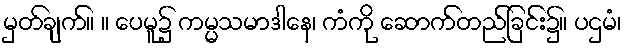
မှတ်ချက်။ ။ ပေမူ၌ ကမ္မသမာဒါနေ၊ ကံကို ဆောက်တည်ခြင်း၌။ ပဌမံ၊